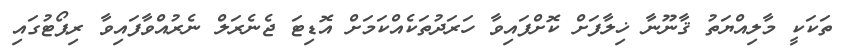
ތަކަކީ މާލިއްޔަތު ޤާނޫނާ ޚިލާފަށް ކޮށްފައިވާ ހަރަދުތަކެއްކަމަށް އޮޑިޓަ ޖެނެރަލް ނެރުއްވާފައިވާ ރިޕޯޓުގައި